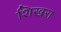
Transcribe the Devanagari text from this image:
शिखरा